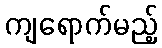
ကျရောက်မည့်